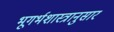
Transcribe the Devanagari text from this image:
भूगर्भशास्त्रानुसार